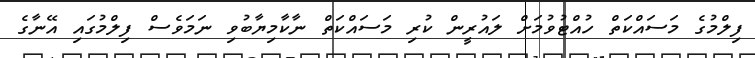
ފިލްމުގެ މަސައްކަތް ހުއްޓުވުމަށް ލައުރީން ކުރި މަސައްކަތް ނާކާމިޔާބުވި ނަމަވެސް ފިލްމުގައި އޭނާގެ